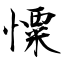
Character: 憟